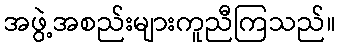
အဖွဲ့အစည်းများကူညီကြသည်။